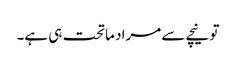
تو نیچے سے مراد ماتحت ہی ہے۔